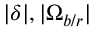
\lvert \delta \rvert , \lvert \Omega _ { b / r } \rvert